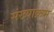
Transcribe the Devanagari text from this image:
संख्याक्रम